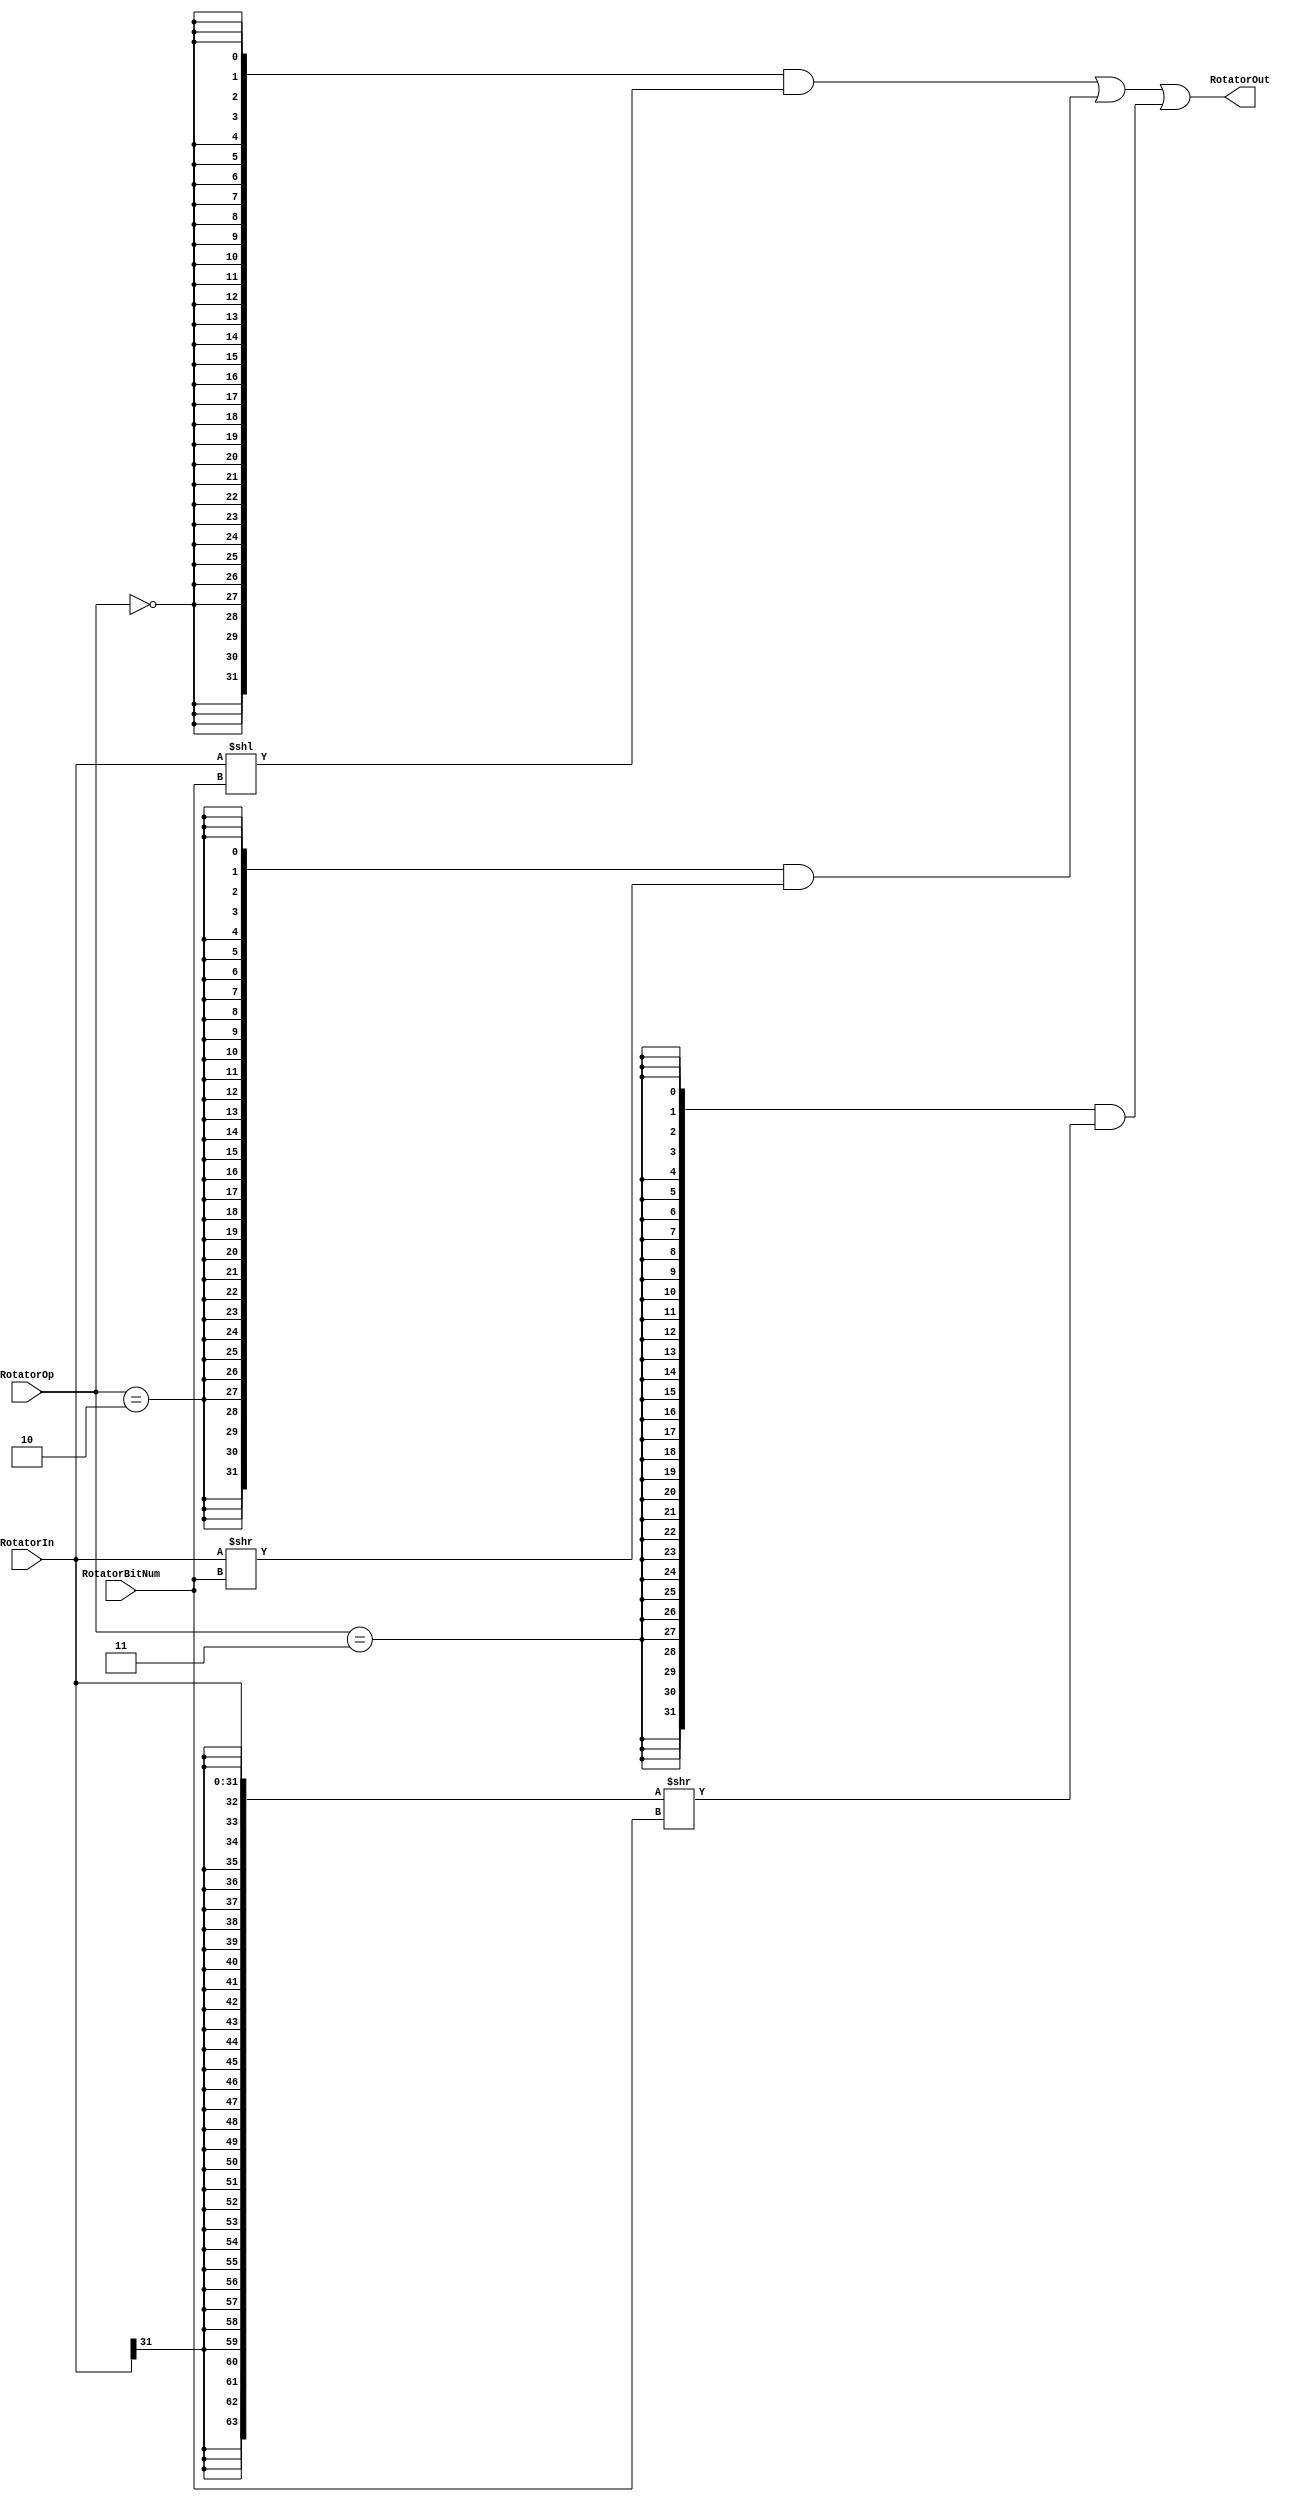
`timescale 1ns / 1ps
//////////////////////////////////////////////////////////////////////////////////
// Company: 
// Engineer: 
// 
// Design Name: 
// Module Name:    rotator 
// Project Name: 
// Target Devices: 
// Tool versions: 
// Description: 
//
// Dependencies: 
//
// Revision: 
// Revision 0.01 - File Created
// Additional Comments: 
//
//////////////////////////////////////////////////////////////////////////////////
module Rotator(
	input[31:0] RotatorIn,
	input[4:0] RotatorBitNum,
	input[1:0] RotatorOp,
	output[31:0] RotatorOut
    );
/*
reg[31:0] RotatorIn;
reg[4:0] RotatorBitNum;
reg[1:0] RotatorOp;

initial begin
	RotatorIn = 32'h00001998;
	RotatorBitNum = 5'b11001;
	RotatorOp = 0;
	#100
	RotatorOp = 2;
	#100
	RotatorOp = 3;
end*/
assign RotatorOut = 
	{32{RotatorOp==2'b00}} & (RotatorIn[31:0] << {1'b0,RotatorBitNum[4:0]}) |
	{32{RotatorOp==2'b10}} & ({32'h0,RotatorIn[31:0]} >> {1'b0,RotatorBitNum[4:0]}) |
	{32{RotatorOp==2'b11}} & ({{32{RotatorIn[31]}}, RotatorIn[31:0]} >> {1'b0,RotatorBitNum[4:0]}) ;
	
endmodule